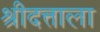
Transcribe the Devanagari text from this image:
श्रीदत्ताला